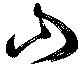
山